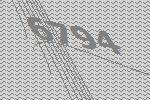
6794